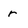
Character: r